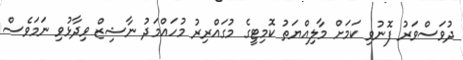
ދުވަސްވަރު ފޮނުވި ކަމަށް މާލިއްޔަތު ކޮމިޓީގެ މުގައްރިރު މުހައްމަދު ނާޝިޒް ވިދާޅުވި ނަމަވެސް